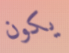
يكون